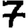
Digit: 7